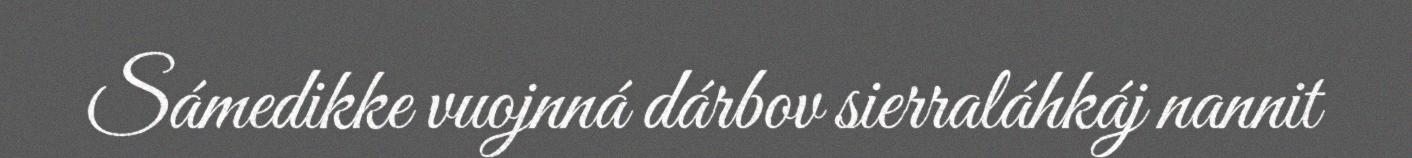
Sámedikke vuojnná dárbov sierraláhkáj nannit